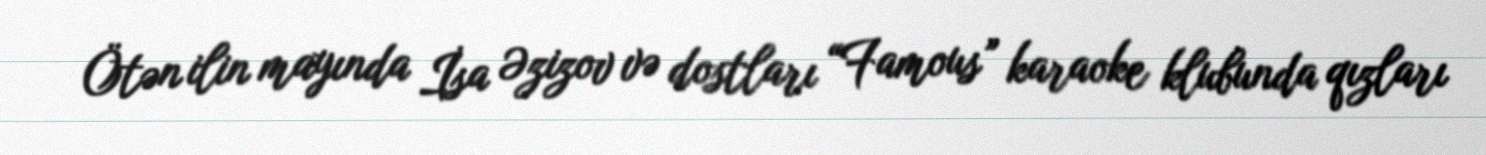
Ötən ilin mayında İsa Əzizov və dostları “Famous” karaoke klubunda qızları